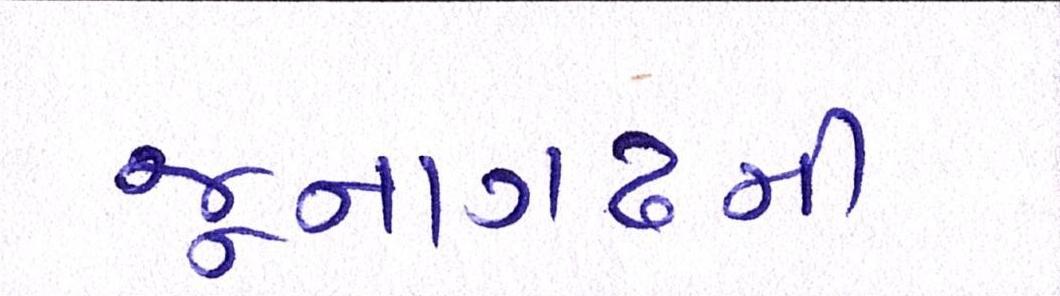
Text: જૂનાગઢની